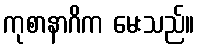
ကုစာနာဂိက မေးသည်။